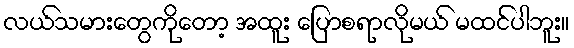
လယ်သမားတွေကိုတော့ အထူး ပြောစရာလိုမယ် မထင်ပါဘူး။